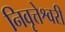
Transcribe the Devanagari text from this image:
निवृत्तेश्वरी